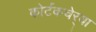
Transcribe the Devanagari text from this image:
कोर्टकचेर्‍या